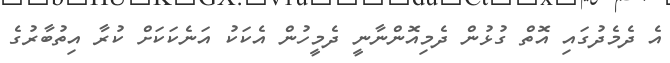
އެ ދެމެދުގައި އޮތް ގުޅުން ދެމިއޮންނާނީ ދެމީހުން އެކަކު އަނެކަކަށް ކުރާ އިތުބާރުގެ